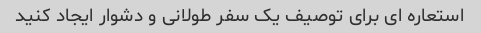
استعاره ای برای توصیف یک سفر طولانی و دشوار ایجاد کنید